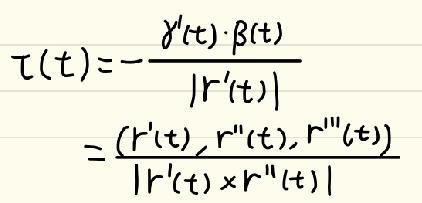
\begin{align*}\tau(t)&=-\frac{\gamma'(t)\cdot\beta(t)}{\vert r'(t)\vert}\\&=\frac{(r'(t),r''(t),r'''(t))}{\vert r'(t)\times r''(t)\vert}\end{align*}